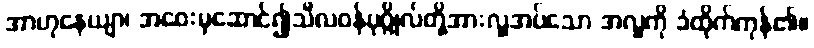
အာဟုနေယျာ၊ အဝေးမှဆောင်၍သီလဝန်ပုဂ္ဂိုလ်တို့အားလှူအပ်သော အလှူကို ခံထိုက်ကုန်၏။